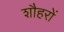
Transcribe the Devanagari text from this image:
शौहरों